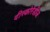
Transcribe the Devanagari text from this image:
दीस्कोरेडीज